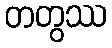
တတွဿ